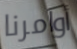
أوامرنا